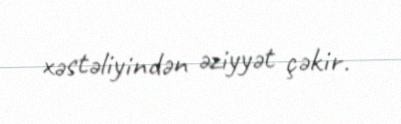
xəstəliyindən əziyyət çəkir.